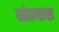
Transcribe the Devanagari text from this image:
मोत्यास